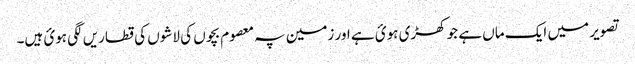
تصویر میں ایک ماں ہے جو کھڑی ہوئ ہے اور زمین پہ معصوم بچوں کی لاشوں کی قطاریں لگی ہوئ ہیں۔